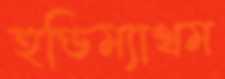
হুণ্ডিম্যাথম